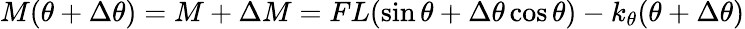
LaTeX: M(\theta+\Delta\theta)=M+\Delta M=FL(\sin\theta+\Delta\theta\cos\theta)-k_{\theta}(\theta+\Delta\theta)